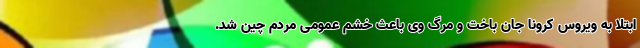
ابتلا به ویروس کرونا جان باخت و مرگ وی باعث خشم عمومی مردم چین شد.